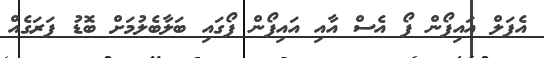
އެޕަލް އައިފޯން ފޯ އެސް އާއި އައިފޯން ފޯގައި ބަލާބެލުމަށް ބޮޑު ފަރަގެއް